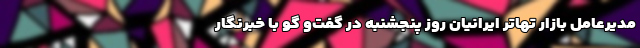
مدیرعامل بازار تهاتر ایرانیان روز پنجشنبه در گفت‌و گو با خبرنگار